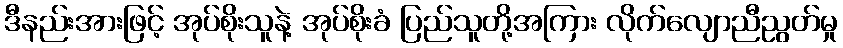
ဒီနည်းအားဖြင့် အုပ်စိုးသူနဲ့ အုပ်စိုးခံ ပြည်သူတို့အကြား လိုက်လျောညီညွတ်မှု